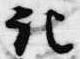
記